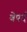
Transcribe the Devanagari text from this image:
बेपर्द